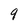
Character: 9